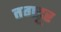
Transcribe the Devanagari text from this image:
तगडूर